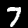
Digit: 7